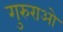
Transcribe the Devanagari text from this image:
गुरुराओ